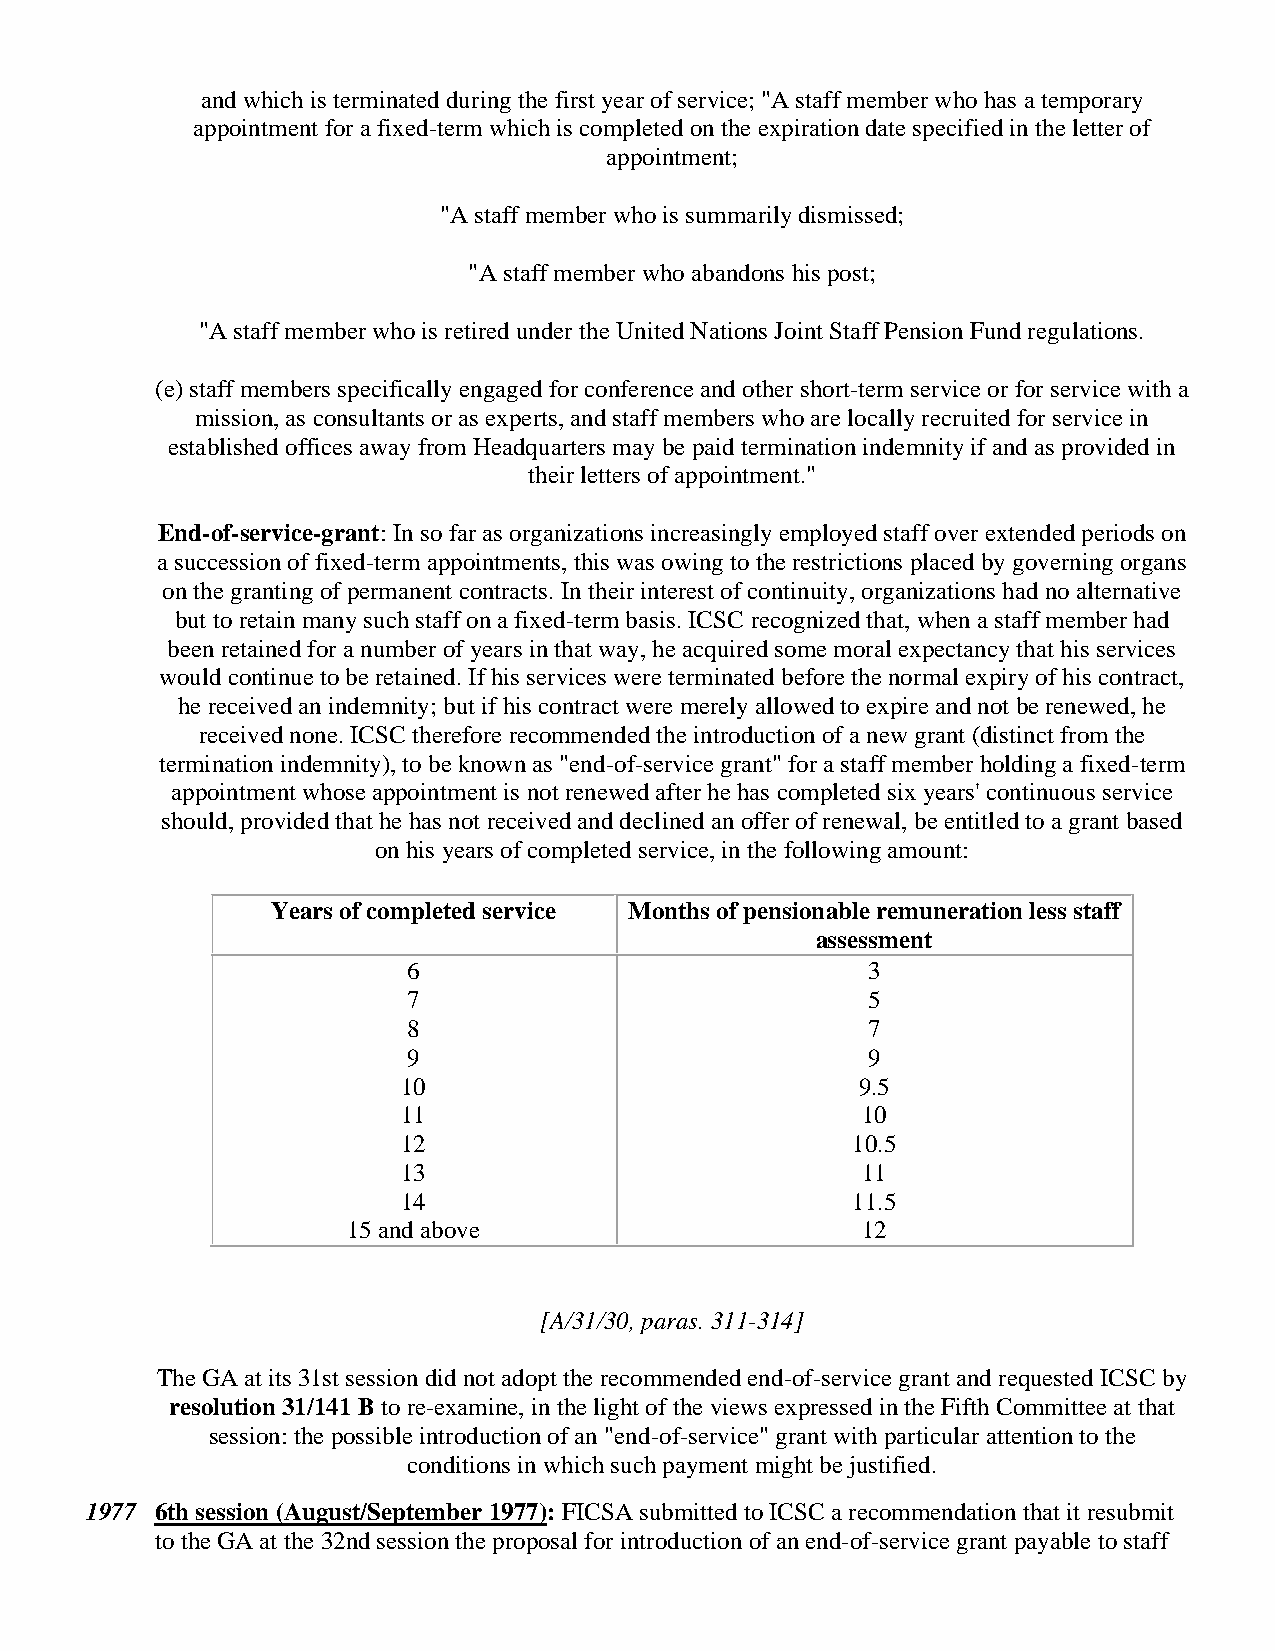
and which is terminated during the first year of service; "A staff member who has a temporary
 appointment for a fixed-term which is completed on the expiration date specified in the letter of
 appointment;
 "A staff member who is summarily dismissed;
 "A staff member who abandons his post;
 "A staff member who is retired under the United Nations Joint Staff Pension Fund regulations.
 (e) staff members specifically engaged for conference and other short-term service or for service with a
 mission, as consultants or as experts, and staff members who are locally recruited for service in
 established offices away from Headquarters may be paid termination indemnity if and as provided in
 their letters of appointment."
 End-of-service-grant: In so far as organizations increasingly employed staff over extended periods on
 a succession of fixed-term appointments, this was owing to the restrictions placed by governing organs
 on the granting of permanent contracts. In their interest of continuity, organizations had no alternative
 but to retain many such staff on a fixed-term basis. ICSC recognized that, when a staff member had
 been retained for a number of years in that way, he acquired some moral expectancy that his services
 would continue to be retained. If his services were terminated before the normal expiry of his contract,
 he received an indemnity; but if his contract were merely allowed to expire and not be renewed, he
 received none. ICSC therefore recommended the introduction of a new grant (distinct from the
 termination indemnity), to be known as "end-of-service grant" for a staff member holding a fixed-term
 appointment whose appointment is not renewed after he has completed six years' continuous service
 should, provided that he has not received and declined an offer of renewal, be entitled to a grant based
 on his years of completed service, in the following amount:
 Years of completed service Months of pensionable remuneration less staff
 assessment
 6                             3
 7                             5
 8                             7
 9                             9
 10                            9.5
 11                            10
 12                           10.5
 13                            11
 14                           11.5
 15 and above                      12
 [A/31/30, paras. 311-314]
 The GA at its 31st session did not adopt the recommended end-of-service grant and requested ICSC by
 resolution 31/141 B to re-examine, in the light of the views expressed in the Fifth Committee at that
 session: the possible introduction of an "end-of-service" grant with particular attention to the
 conditions in which such payment might be justified.
 1977 6th session (August/September 1977): FICSA submitted to ICSC a recommendation that it resubmit
 to the GA at the 32nd session the proposal for introduction of an end-of-service grant payable to staff